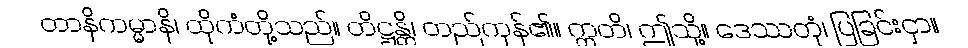
တာနိကမ္မာနိ၊ ထိုကံတို့သည်။ တိဋ္ဌန္တိ၊ တည်ကုန်၏။ ဣတိ၊ ဤသို့။ ဒေဿတုံ၊ ပြခြင်းငှာ။